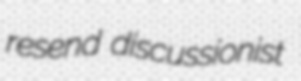
resend discussionist